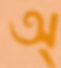
অ্